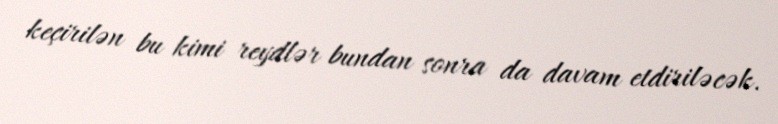
keçirilən bu kimi reydlər bundan sonra da davam etdiriləcək.